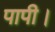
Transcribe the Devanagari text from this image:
पापी।